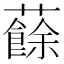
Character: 𧃋